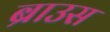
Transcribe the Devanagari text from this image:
ब्राउस